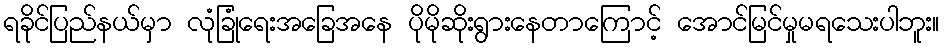
ရခိုင်ပြည်နယ်မှာ လုံခြုံရေးအခြေအနေ ပိုမိုဆိုးရွားနေတာကြောင့် အောင်မြင်မှုမရသေးပါဘူး။